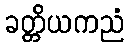
ခတ္တိယကညံ